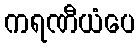
ကရဏီယံပေ